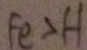
F e > H